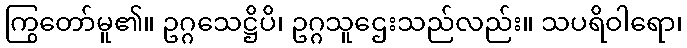
ကြွတော်မူ၏။ ဥဂ္ဂသေဋ္ဌိပိ၊ ဥဂ္ဂသူဌေးသည်လည်း။ သပရိဝါရော၊